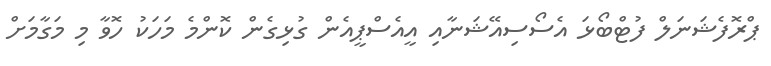
ޕްރޮފެޝަނަލް ފުޓްބޯޅަ އެސޯސިއޭޝަނާއި އީއެސްޕީއެން ގުޅިގެން ކޮންމެ މަހަކު ހޮވާ މި މަގާމަށް